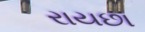
રાયછા